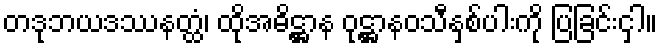
တဒုဘယဒဿနတ္ထံ၊ ထိုအဓိဋ္ဌာန ဝုဋ္ဌာနဝသီနှစ်ပါးကို ပြခြင်းငှါ။